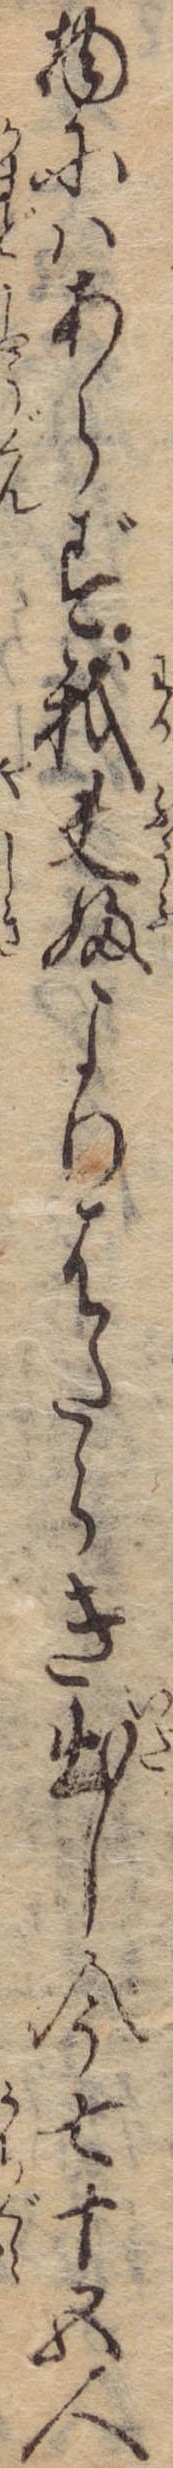
物にはあらず我夫婦よりはたらき出し今七十五人